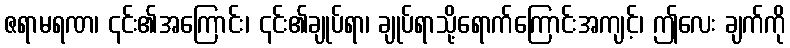
ဇရာမရဏ၊ ၎င်း၏အကြောင်း၊ ၎င်း၏ချုပ်ရာ၊ ချုပ်ရာသို့ရောက်ကြောင်းအကျင့်၊ ဤလေး ချက်ကို